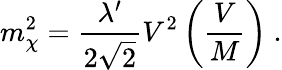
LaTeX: m_{\chi}^{2}=\frac{\lambda^{\prime}}{2\sqrt{2}}V^{2}\left(\frac{V}{M}\right)~.